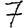
Digit: 7